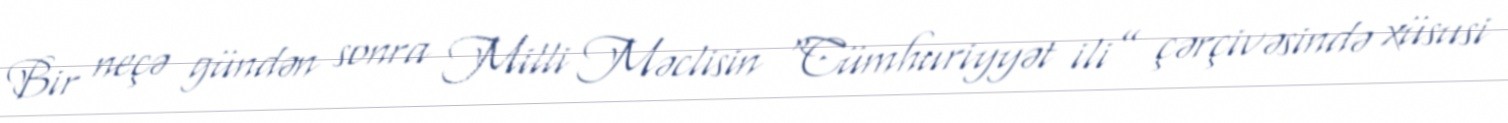
Bir neçə gündən sonra Milli Məclisin “Cümhuriyyət ili” çərçivəsində xüsusi